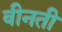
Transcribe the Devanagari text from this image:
वीनती